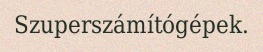
Szuperszámítógépek.